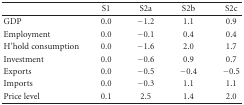
<table><thead><tr><td><b> </b></td><td><b>S1</b></td><td><b>S2a</b></td><td><b>S2b</b></td><td><b>S2c</b></td></tr></thead><tbody><tr><td>GDP</td><td>0.0</td><td>−1.2</td><td>1.1</td><td>0.9</td></tr><tr><td>Employment</td><td>0.0</td><td>−0.1</td><td>0.4</td><td>0.4</td></tr><tr><td>H&#x27;hold consumption</td><td>0.0</td><td>−1.6</td><td>2.0</td><td>1.7</td></tr><tr><td>Investment</td><td>0.0</td><td>−0.6</td><td>0.9</td><td>0.7</td></tr><tr><td>Exports</td><td>0.0</td><td>−0.5</td><td>−0.4</td><td>−0.5</td></tr><tr><td>Imports</td><td>0.0</td><td>−0.3</td><td>1.1</td><td>1.1</td></tr><tr><td>Price level</td><td>0.1</td><td>2.5</td><td>1.4</td><td>2.0</td></tr></tbody></table>